Indian journal of veterinary science and animal husbandry - Volumes 15-17, 1948-1951
Year: 1948
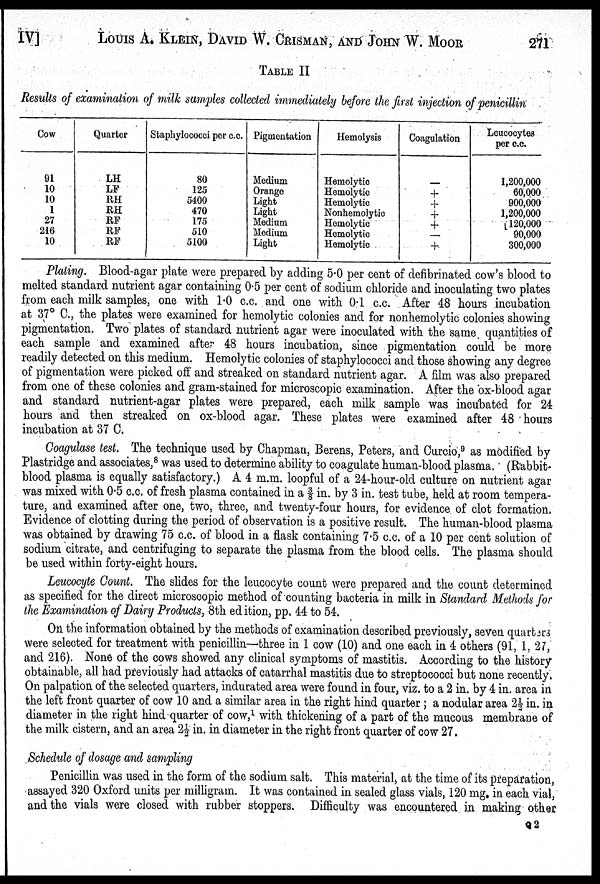
IV] LOUIS A. KLEIN, DAVID W. CRISMAN, AND JOHN W. MOOR 271
TABLE II
Results of examination of milk samples collected immediately before the first injection of penicillin
Cow
91
10
10
1
27
216
10
Quarter
LH
LF
RH
RH
RF
RF
RF
Staphylococci per c.c.
80
125
5400
470
175
510
5100
Pigmentation
Medium
Orange
Light
Light
Medium
Medium
Light
Hemolysis
Hemolytic
Hemolytic
Hemolytic
Nonhemolytic
Hemolytic
Hemolytic
Hemolytic
Coagulation
—
+
+
+
+
—
+
Leucocytes
per c.c.
1,200,000
60,000
900,000
1,200,000
120,000
90,000
300,000
Plating. Blood-agar plate were prepared by adding 5.0 per cent of defibrinated cow's blood to
melted standard nutrient agar containing 0.5 per cent of sodium chloride and inoculating two plates
from each milk samples, one with 1.0 c.c. and one with 0.1 c.c. After 48 hours incubation
at 37° C., the plates were examined for hemolytic colonies and for nonhemolytic colonies showing
pigmentation. Two plates of standard nutrient agar were inoculated with the same quantities of
each sample and examined after 48 hours incubation, since pigmentation could be more
readily detected on this medium. Hemolytic colonies of staphylococci and those showing any degree
of pigmentation were picked off and streaked on standard nutrient agar. A film was also prepared
from one of these colonies and gram-stained for microscopic examination. After the ox-blood agar
and standard nutrient-agar plates were prepared, each milk sample was incubated for 24
hours and then streaked on ox-blood agar. These plates were examined after 48 hours
incubation at 37 C.
Coagulase test. The technique used by Chapman, Berens, Peters, and Curcio, 9 as modified by
Plastridge and associates, 8 was used to determine ability to coagulate human-blood plasma. (Rabbit-
blood plasma is equally satisfactory.) A 4 m.m. loopful of a 24-hour-old culture on nutrient agar
was mixed with 0.5 c.c. of fresh plasma contained in a ⅜ in. by 3 in. test tube, held at room tempera
ture, and examined after one, two, three, and twenty-four hours, for evidence of clot formation.
Evidence of clotting during the period of observation is a positive result. The human-blood plasma
was obtained by drawing 75 c.c. of blood in a flask containing 7.5 c.c. of a 10 per cent solution of
sodium citrate, and centrifuging to separate the plasma from the blood cells. The plasma should
be used within forty-eight hours.
Leucocyte Count. The slides for the leucocyte count were prepared and the count determined
as specified for the direct microscopic method of counting bacteria in milk in Standard Methods for
the Examination of Dairy Products, 8th ed ition, pp. 44 to 54.
On the information obtained by the methods of examination described previously, seven quarters
were selected for treatment with penicillin—three in 1 cow (10) and one each in 4 others (91, 1, 27,
and 216). None of the cows showed any clinical symptoms of mastitis. According to the history
obtainable, all had previously had attacks of catarrhal mastitis due to streptococci but none recently.
On palpation of the selected quarters, indurated area were found in four, viz. to a 2 in. by 4 in. area in
the left front quarter of cow 10 and a similar area in the right hind quarter; a nodular area 2½ in. in
diameter in the right hind quarter of cow, 1 with thickening of a part of the mucous membrane of
the milk cistern, and an area 2½ in. in diameter in the right front quarter of cow 27.
Schedule of dosage and sampling
Penicillin was used in the form of the sodium salt. This material) at the time of its preparation,
assayed 320 Oxford units per milligram. It was contained in sealed glass vials, 120 mg in each vial,
and the vials were closed with rubber stoppers. Difficulty was encountered in making other
Q 2